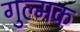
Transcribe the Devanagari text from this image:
गुल्मक